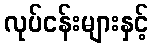
လုပ်ငန်းများနှင့်